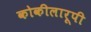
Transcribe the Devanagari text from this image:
कोकीलारूपी